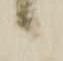
候